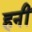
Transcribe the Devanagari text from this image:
हनीं